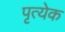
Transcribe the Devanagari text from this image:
पृत्येक